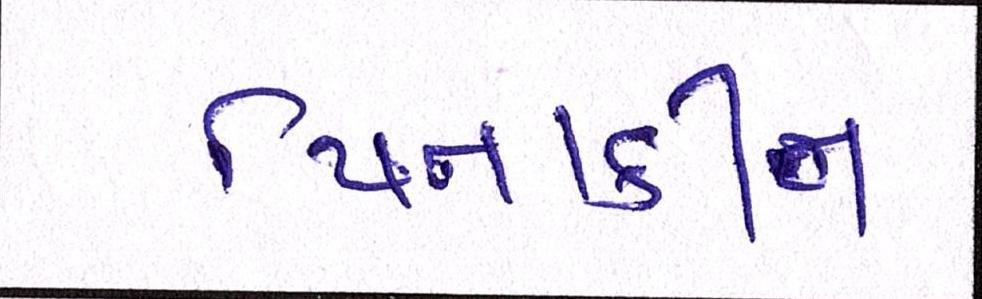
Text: પિનાકીન